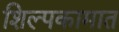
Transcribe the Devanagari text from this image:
शिल्पकामात